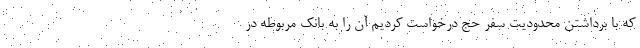
که با برداشتن محدودیت سفر حج درخواست کردیم آن را به بانک مربوطه در